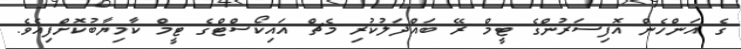
ގެ އަންހެން އޮފިސަރުންގެ ޓީމް ރޭ ބައްދަލުކުރި މެޗް އައިކޯސްޓްގެ ޓީމް ކާމިޔާބުކޮށްފިއެވެ.